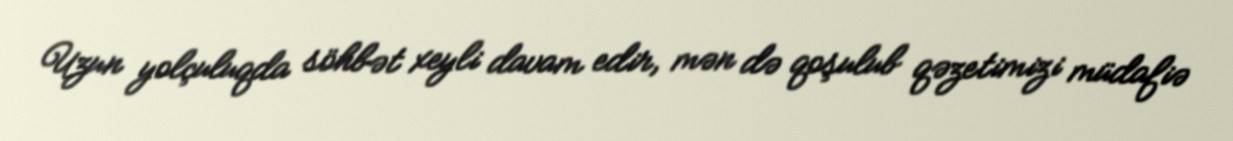
Uzun yolçuluqda söhbət xeyli davam edir, mən də qoşulub qəzetimizi müdafiə